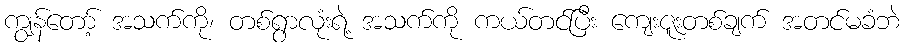
ကျွန်တော့် အသက်ကို၊ တစ်ရွာလုံးရဲ့ အသက်ကို ကယ်တင်ပြီး ကျေးဇူးတစ်ချက် အတင်မခံဘဲ